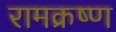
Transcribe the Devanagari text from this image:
रामक्रष्ण